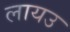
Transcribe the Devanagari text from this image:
लायउ